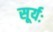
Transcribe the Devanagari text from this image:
सूर्यः